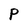
Character: P